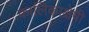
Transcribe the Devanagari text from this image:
कालिकाक्षेपी